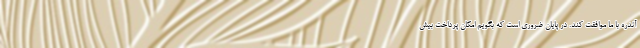
آندره با ما موافقت کند. در پایان ضروری است که بگویم امکان پرداخت بیش